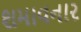
શમાવનાર